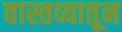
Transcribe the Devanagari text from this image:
वास्तव्यातून